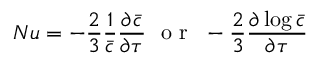
\displaystyle N u = - \frac { 2 } { 3 } \frac { 1 } { \bar { c } } \frac { \partial \bar { c } } { \partial \tau } ~ \mathrm { ~ o ~ r ~ } ~ - \frac { 2 } { 3 } \frac { \partial \log \bar { c } } { \partial \tau }